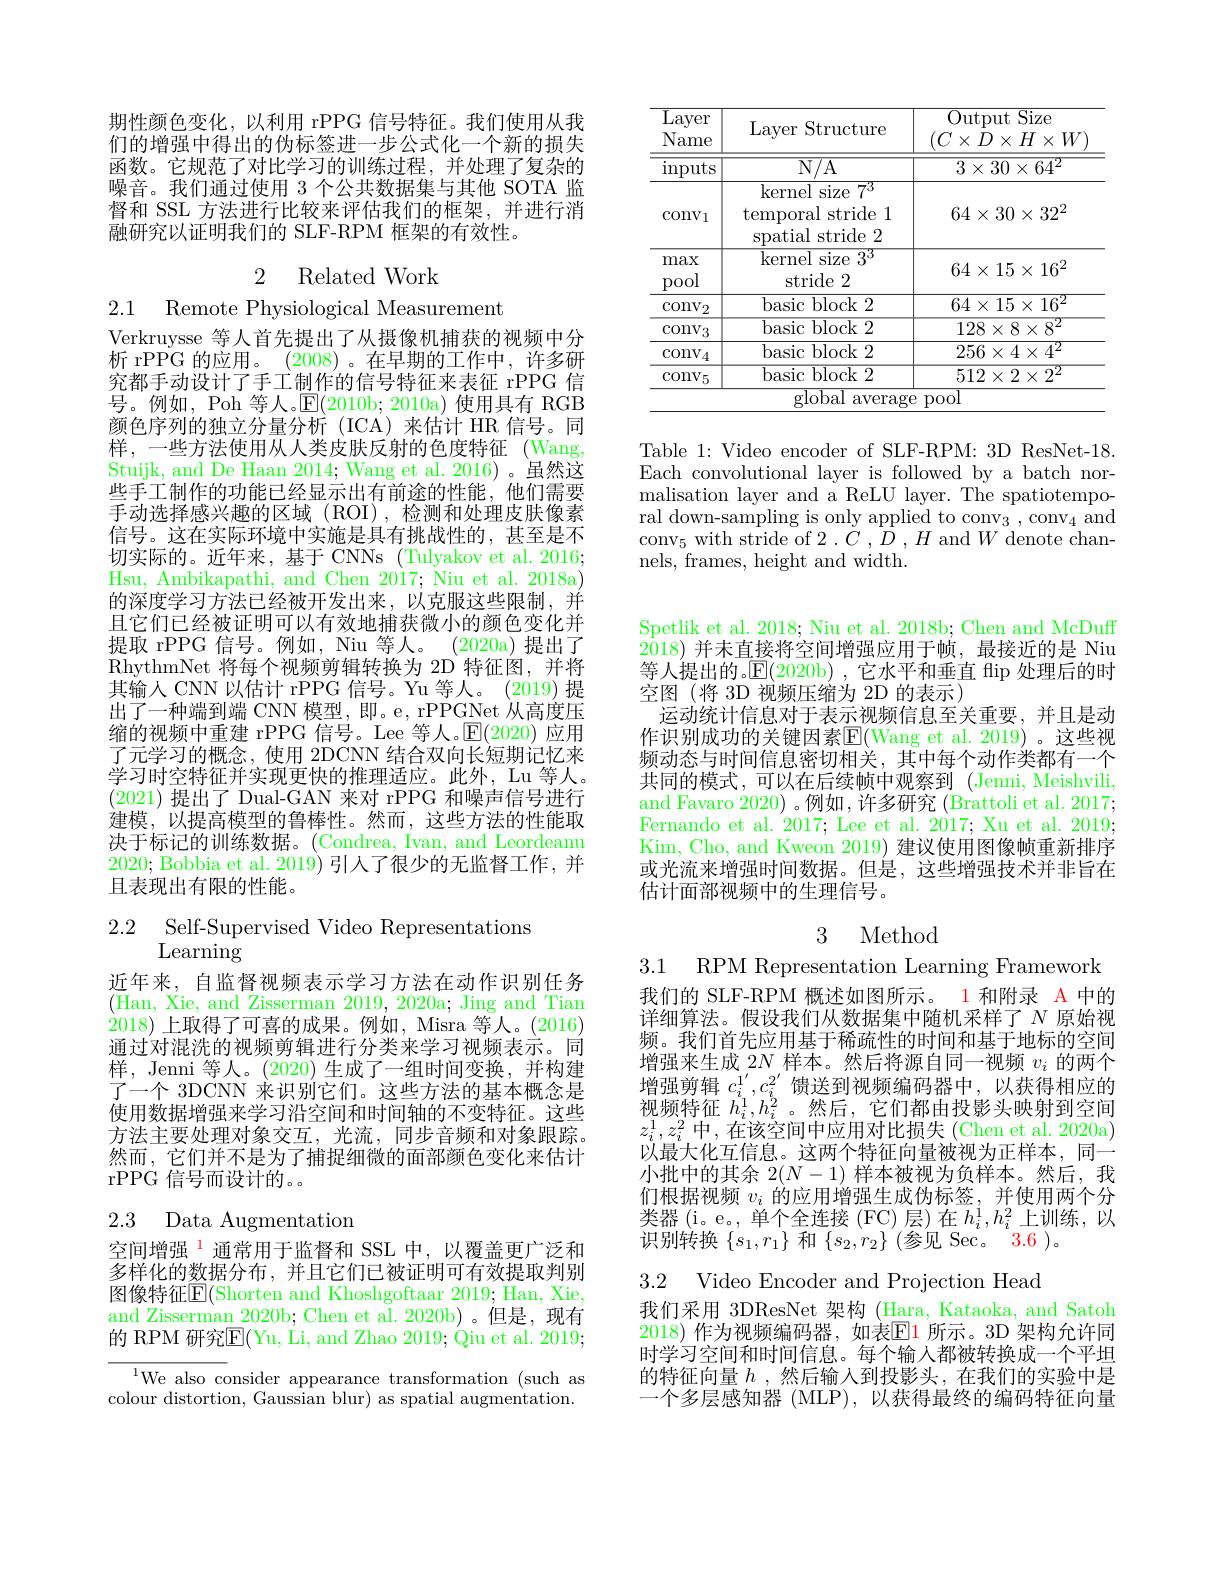
<table>
	<tbody>
		<tr>
			<th>$\overline{\mathrm{Layer}}$ Name</th>
			<th>Layer Structure</th>
			<th>Output Size $(C\times D\times H\times W$</th>
		</tr>
		<tr>
			<td>$\operatorname*{inputs}$</td>
			<td>$\overline{\mathrm{N/A}}$</td>
			<td>$3\times30\times64^{2}$</td>
		</tr>
		<tr>
			<td>$\operatorname{convl}$</td>
			<td>kernel size $7^{3}$ temporal stride 1 spatial stride 2</td>
			<td>$64\times30\times32^{2}$</td>
		</tr>
		<tr>
			<td>max pool</td>
			<td>$\overline{\mathrm{kernel~size}}$ 233 $\operatorname{stride}2$</td>
			<td>$64\times15\times16^{2}$</td>
		</tr>
		<tr>
			<td>$\mathrm{conv}_{2}$</td>
			<td>basic block 2</td>
			<td>$64\times15\times16^{2}$</td>
		</tr>
		<tr>
			<td>$\mathrm{conv}_{3}$</td>
			<td>$\mathop{\mathrm{basic~block~2}}$</td>
			<td>$128\times8\times8^{2}$</td>
		</tr>
		<tr>
			<td>$\mathrm{conv}_{4}$</td>
			<td>basic block 2</td>
			<td>$256\times4\times4^{2}$</td>
		</tr>
		<tr>
			<td>$\mathrm{conv}_{5}$</td>
			<td>basic block 2</td>
			<td>$512\times2\times2^{2}$</td>
		</tr>
	</tbody>
</table>

Table 1: Video encoder of SLF-RPM: 3D ResNet-18 Each convolutional layer is followed by a batch normalisation layer and a ReLU layer. The spatiotemporal down-sampling is only applied to conv$_3,\mathrm{conv}_4$ and conv$_5$ with stride of $2.\bar{C},\bar{D},H$ and $W$ denote channels, frames, height and width.

期性颜色变化，以利用 rPPG 信号特征。我们使用从我们的增强中得出的伪标签进一步公式化一个新的损失函数。它规范了对比学习的训练过程，并处理了复杂的噪音。我们通过使用 3 个公共数据集与其他 SOTA 监督和 SSL 方法进行比较来评估我们的框架，并进行消融研究以证明我们的 SLF-RPM 框架的有效性。

2 Related Work

2.1 Remote Physiological Measurement

Verkruysse 等人首先提出了从摄像机捕获的视频中分析 rPPG 的应用。(2008)。在早期的工作中，许多研究都手动设计了手工制作的信号特征来表征 rPPG 信号。例如，Poh 等人。$\mathbb{E}(2010$b; 2010a)使用具有 RGB 颜色序列的独立分量分析(ICA)来估计 HR 信号。同样，一些方法使用从人类皮肤反射的色度特征(Wang, Stuijk, and De Haan 2014; Wang et al. 2016) 。虽然这些手工制作的功能已经显示出有前途的性能，他们需要手动选择感兴趣的区域(ROI),检测和处理皮肤像素信号。这在实际环境中实施是具有挑战性的，甚至是不切实际的。近年来，基于 CNNs (Tulyakov et al. 2016; Hsu, Ambikapathi, and Chen 2017; Niu et al. 2018a) 的深度学习方法已经被开发出来，以克服这些限制，并且它们已经被证明可以有效地捕获微小的颜色变化并提取 rPPG 信号。例如，Niu 等人。(2020a)提出了RhythmNet 将每个视频剪辑转换为 2D 特征图，并将其输入 CNN 以估计 rPPG 信号。Yu 等人。(2019) 提出了一种端到端 CNN 模型，即。e, rPPGNet 从高度压缩的视频中重建 rPPG 信号。Lee 等人。$\operatorname{E}(2020)$应用了元学习的概念，使用 2DCNN 结合双向长短期记忆来学习时空特征并实现更快的推理适应。此外，Lu 等人。(2021)提出了 Dual-GAN 来对 rPPG 和噪声信号进行建模，以提高模型的鲁棒性。然而，这些方法的性能取决于标记的训练数据。(Condrea, Ivan, and Leordeanu 2020; Bobbia et al. 2019) 引人了很少的无监督工作，并且表现出有限的性能。

$\begin{array}{ll}{2.2}&{{\mathrm{Self-Supervised~Video~Representations}}}\\{{\mathrm{Learning}}}\end{array}$

近年来，自监督视频表示学习方法在动作识别任务(Han, Xie, and Zisserman 2019, 2020a; Jing and Tian 2018)上取得了可喜的成果。例如，Misra 等人。(2016) 通过对混洗的视频剪辑进行分类来学习视频表示。同样，Jenni 等人。(2020) 生成了一组时间变换，并构建了一个 3DCNN 来识别它们。这些方法的基本概念是使用数据增强来学习沿空间和时间轴的不变特征。这些方法主要处理对象交互，光流，同步音频和对象跟踪。然而，它们并不是为了捕捉细微的面部颜色变化来估计rPPG 信号而设计的。。

## 2.3 Data Augmentation

空间增强$^{1}$通常用于监督和 SSL 中，以覆盖更广泛和多样化的数据分布，并且它们已被证明可有效提取判别图像特征E(Shorten and Khoshgoftaar 2019; Han, Xie, and Zisserman 2020b; Chen et al. 2020b)。但是，现有的 RPM 研究$\mathbb{E}($Yu, Li, and Zhao 2019; Óiu et al. 2019;

$^{1}$We also consider appearance transformation (such as colour distortion, Gaussian blur) as spatial augmentation.

Spetlik et al. 2018; Niu et al. 2018b; Chen and McDuff 2018)并未直接将空间增强应用于帧，最接近的是 Niu 等人提出的。$\operatorname{E}($2020b),它水平和垂直 flip 处理后的时空图(将 3D 视频压缩为 2D 的表示)
运动统计信息对于表示视频信息至关重要，并且是动作识别成功的关键因素$\mathbb{E}($Wang et al. 2019)。这些视频动态与时间信息密切相关，其中每个动作类都有一个共同的模式，可以在后续帧中观察到 (Jenni, Meishvili, and Favaro 2020) 。例如，许多研究 (Brattoli et al. 2017; Fernando et al. 2017; Lee et al. 2017; Xu et al. 2019; Kim, Cho, and Kweon 2019) 建议使用图像帧重新排序或光流来增强时间数据。但是，这些增强技术并非旨在估计面部视频中的生理信号。

3 Method

3.1 RPM Representation Learning Framework

我们的 SLF-RPM 概述如图所示。1 和附录 A 中的详细算法。假设我们从数据集中随机采样了$N$原始视频。我们首先应用基于稀疏性的时间和基于地标的空间增强来生成 2$N$样本。然后将源自同一视频$v_i$的两个增强剪辑$c_i^{1^{\prime}},c_i^{2^{\prime}}$馈送到视频编码器中，以获得相应的视频特征$h_i^1,h_i^2$。然后，它们都由投影头映射到空间$z_i^1,z_i^2$中 ,在该空间中应用对比损失 (Chen et al. 2020a) 以最大化互信息。这两个特征向量被视为正样本，同一小批中的其余$2(N-1)$样本被视为负样本。然后，我们根据视频$v_i$的应用增强生成伪标签，并使用两个分类器(i。e。,单个全连接(FC)层)在$h_i^1,h_i^2$上训练，以识别转换$\{s_1,r_1\}$和$\{s_2,r_2\}^{\prime}($参见 Sec。3.6)。

3.2 Video Encoder and Projection Head

我们采用 3DResNet 架构 (Hara, Kataoka, and Satoh 2018) 作为视频编码器，如表$\boxed{\mathrm{E}}1$ 所示。3D 架构允许同时学习空间和时间信息。每个输人都被转换成一个平坦的特征向量$h$ ,然后输入到投影头，在我们的实验中是一个多层感知器 (MLP), 以获得最终的编码特征向量